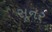
સૂનર